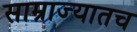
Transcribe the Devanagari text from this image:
साम्राज्यातच